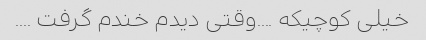
خیلی کوچیکه ....وقتی دیدم خندم گرفت ....